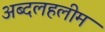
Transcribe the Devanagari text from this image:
अब्दलहलीम